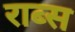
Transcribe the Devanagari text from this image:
राब्स